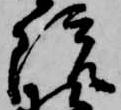
院